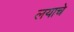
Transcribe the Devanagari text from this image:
लयाचे